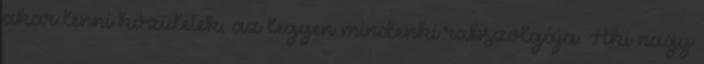
akar lenni közületek, az legyen mindenki rabszolgája. Aki nagy